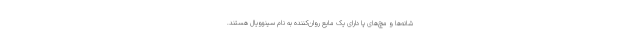
شانه‌ها و مچ‌های پا دارای یک مایع روان‌کننده به‌ نام سینوویال هستند.